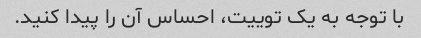
با توجه به یک توییت، احساس آن را پیدا کنید.